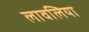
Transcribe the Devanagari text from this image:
लावलिया